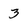
Character: 3